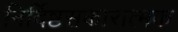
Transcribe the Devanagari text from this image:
निर्दिष्टसकारात्मक